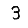
Digit: 3